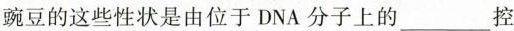
豌豆的这些性状是由位于DNA分子上的___控